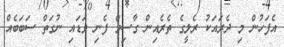
އެފަހުން މި ދެރައަކު ރެލީގެ ތެރެއިން ގާސިމް ފެނި ވަޑައި ނުގަތް ސަބަބެއް